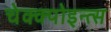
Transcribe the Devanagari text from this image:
चेक्क्पोइन्त्स